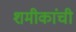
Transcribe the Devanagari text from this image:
शमीकांची